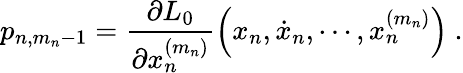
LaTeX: p_{n,m_{n}-1}=\frac{\partial L_{0}}{\partial x_{n}^{(m_{n})}}\left(x_{n},\dot{x}_{n},\cdots,x_{n}^{(m_{n})}\right)\ .